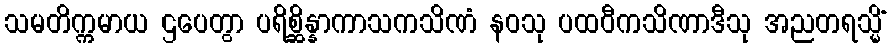
သမတိက္ကမာယ ဌပေတွာ ပရိစ္ဆိန္နာကာသကသိဏံ နဝသု ပထဝီကသိဏာဒီသု အညတရသ္မိံ